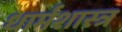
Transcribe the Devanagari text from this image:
धार्मशास्त्र